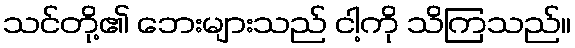
သင်တို့၏ ဘေးများသည် ငါ့ကို သိကြသည်။